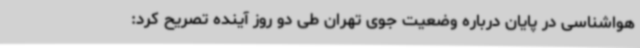
هواشناسی در پایان درباره وضعیت جوی تهران طی دو روز آینده تصریح کرد: